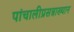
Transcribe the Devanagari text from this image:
पांचालीप्रसन्नाख्यान